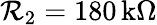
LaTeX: \mathcal{R}_{2}=180\, \mathrm{{k\Omega}}